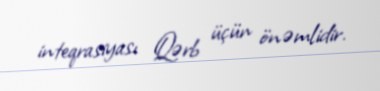
inteqrasiyası Qərb üçün önəmlidir.